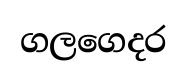
ගලගෙදර